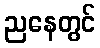
ညနေတွင်